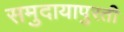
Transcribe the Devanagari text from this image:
समुदायापुरती